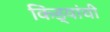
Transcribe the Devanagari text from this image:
किड्यांची